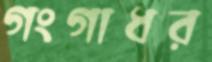
গংগাধর